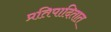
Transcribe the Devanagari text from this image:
प्रतिपादितात